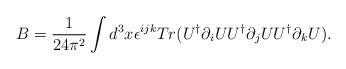
LaTeX: \begin{align*}B=\frac{1}{24\pi^2} \int d^3x \epsilon^{ijk} Tr (U^\dagger\partial_i U U^\dagger \partial_j U U^\dagger \partial_k U ).\end{align*}